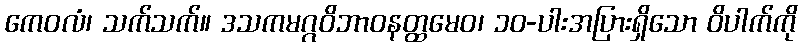
ကေဝလံ၊ သက်သက်။ ဒသကမဂ္ဂဝိဘာဝနတ္ထမေဝ၊ ၁၀-ပါးအပြားရှိသော ဝိပါက်ကို